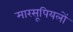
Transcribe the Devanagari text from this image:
मारसूपियलों